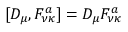
[ D _ { \mu } , F _ { \nu \kappa } ^ { a } ] = D _ { \mu } F _ { \nu \kappa } ^ { a }